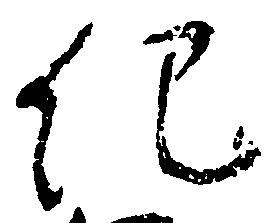
紀